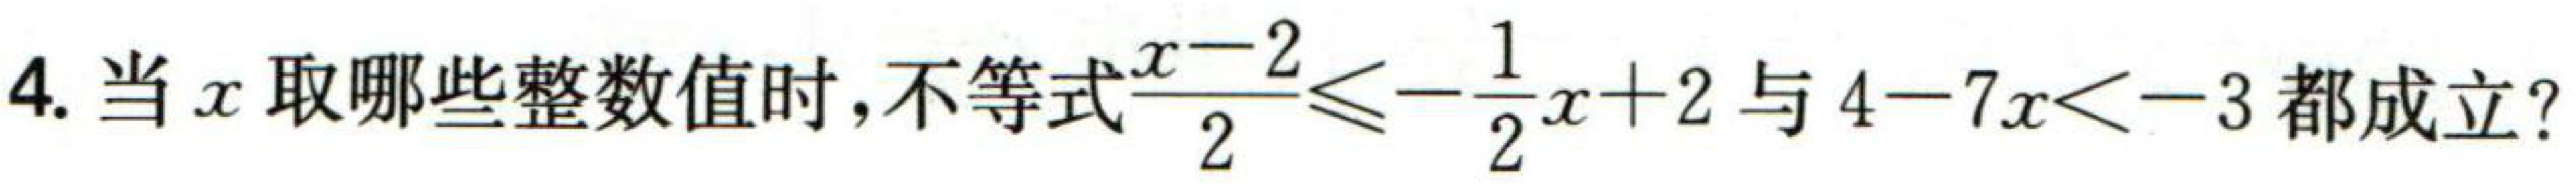
4. 当\(x\)取哪些整数值时，不等式\(\frac{x - 2}{2} \leq -\frac{1}{2}x + 2\)与\(4 - 7x < -3\)都成立？